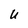
Character: U